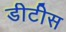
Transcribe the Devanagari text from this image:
डीटीस